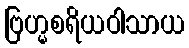
ဗြဟ္မစရိယဝါသာယ